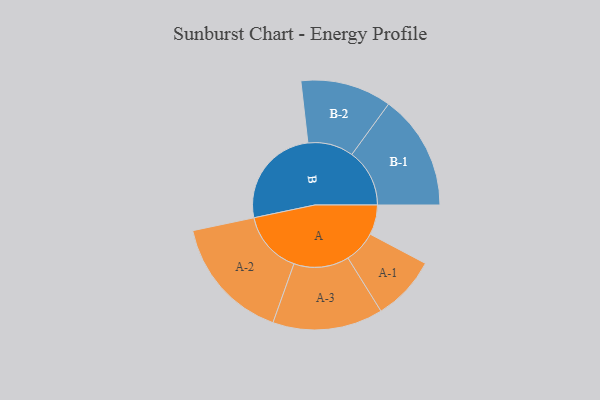
{"axis": {"x": "Segment", "y": "Value"}, "legend": ["", "A", "B"], "data": [{"x": "A", "y": 140, "type": ""}, {"x": "B", "y": 479, "type": ""}, {"x": "A-1", "y": 152, "type": "A"}, {"x": "A-2", "y": 294, "type": "A"}, {"x": "A-3", "y": 259, "type": "A"}, {"x": "B-1", "y": 271, "type": "B"}, {"x": "B-2", "y": 214, "type": "B"}]}